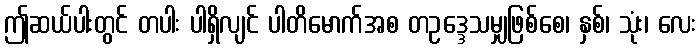
ဤဆယ်ပါးတွင် တပါး ပါရှိလျင် ပါတိမောက်အစ တဥဒ္ဒေသမျှဖြစ်စေ၊ နှစ်၊ သုံး၊ လေး